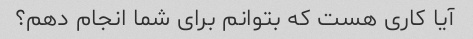
آیا کاری هست که بتوانم برای شما انجام دهم؟